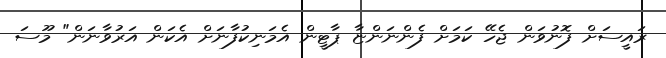
ރައީސަށް ފޮނުވަން ޖެހޭ ކަމަށް ފެންނަންޏާ ޕާޓީން އެމަނިކުފާނަށް އެކަން އަރުވާނަން" މޫސަ